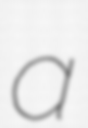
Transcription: a